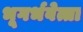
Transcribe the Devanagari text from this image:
भूगर्भवेत्ता